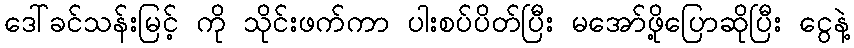
ဒေါ်ခင်သန်းမြင့် ကို သိုင်းဖက်ကာ ပါးစပ်ပိတ်ပြီး မအော်ဖို့ပြောဆိုပြီး ငွေနဲ့